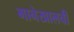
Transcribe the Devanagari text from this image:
मानेखालची